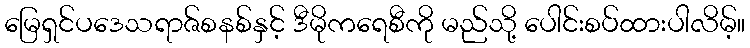
မြေရှင်ပဒေသရာဇ်စနစ်နှင့် ဒီမိုကရေစီကို မည်သို့ ပေါင်းစပ်ထားပါလိမ့်။